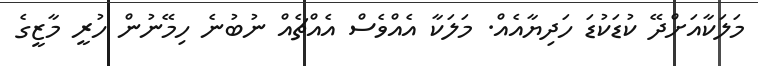
މަލަކާއަށްދޭ ކުޑަކުޑަ ހަދިޔާއެއް. މަލަކާ އެއްވެސް އެއްޗެއް ނުބުނެ ހިމޭނުން ހުރީ މާޒީގެ